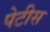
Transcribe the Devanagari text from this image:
पेटीस